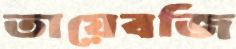
তায়েবজি